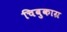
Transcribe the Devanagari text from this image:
चिबुकाग्र